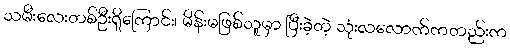
သမီးလေးတစ်ဦးရှိကြောင်း၊ မိန်းမဖြစ်သူမှာ ပြီးခဲ့တဲ့ သုံးလလောက်ကတည်းက